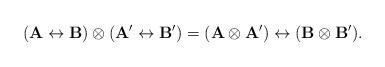
LaTeX: \begin{align*}(\mathbf A\leftrightarrow\mathbf B)\otimes(\mathbf A'\leftrightarrow\mathbf B')=(\mathbf A\otimes\mathbf A')\leftrightarrow (\mathbf B\otimes\mathbf B').\end{align*}